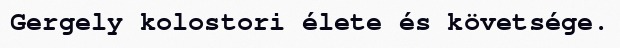
Gergely kolostori élete és követsége.